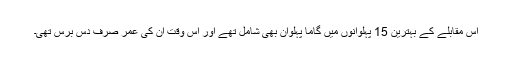
اس مقابلے کے بہترین 15 پہلوانوں میں گاما پہلوان بھی شامل تھے اور اس وقت ان کی عمر صرف دس برس تھی۔